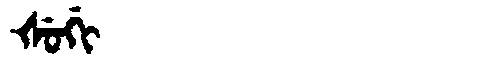
Manchu: ᡧᡠᡤᡳ
Romanization: ŠUGI